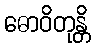
ဓောဝိတုန္တိ